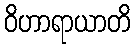
ဝိဟာရာယာတိ